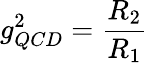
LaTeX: g_{QCD}^{2}=\frac{R_{2}}{R_{1}}